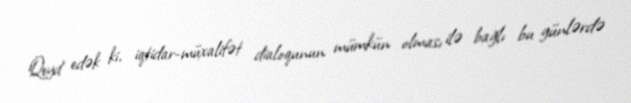
Qeyd edək ki, iqtidar-müxalifət dialoqunun mümkün olması ilə bağlı bu günlərdə